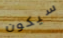
سيكون